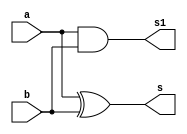

 // ------------------------- 
// Exemplo0033 - Somador com Incremento de 1
// Nome: Gustavo Jota Resende
// ------------------------- 
// ------------------------- 
// half adder 
// ------------------------- 

module halfAdder (output s, 
						output s1,
                  input a,  
                  input b); 

xor x1 (s, a, b);
and a1 (s1, a, b);
 
endmodule // halfAdder 

// ------------------------- 
// full adder 
// ------------------------- 						
module fullAdder (output s,
                  input a,  
                  input b,  
                  input carryIn);
	
	wire s0,s1,s2,s3;				
						 
	halfAdder ha(s0,s1,a,b);
	halfAdder ha1(s2,s3,s0,carryIn);
	or o1 (s, s3, s1);
	
	endmodule // fullAdder

 
 // ------------------------- 
// incremento
// ------------------------- 	
 module incremento (output s,
 						output sx,			 
 						input a, 
						input b,
						input carryIn);
 
 reg c,d;
 wire s0,s1,s2,s3,s4;
 
 halfAdder ha3(s1,s2,c,d);
 halfAdder ha4(s3,s4,s1,carryIn);
 fullAdder ha5(s0,a,b,carryIn);
 halfAdder ha6(s,sx,s0,s3);	
 
 endmodule // incremento				
						
 
 
module test_fullAdder;  


// ------------------------- definir dados 
 

reg [5:0] a;
reg [5:0] b;
reg carryIn; 
wire s [5:0];
wire s1 [5:0];

incremento i0(s[0], s1[0],a[0],b[0], carryIn);
incremento i1(s[1], s1[1], a[1],b[1], carryIn);
incremento i2(s[2], s1[2], a[2],b[2], carryIn);
incremento i3(s[3], s1[3], a[3],b[3], carryIn);
incremento i4(s[4], s1[4], a[4],b[4], carryIn);
incremento i5(s[5], s1[5], a[5],b[5], carryIn);

// ------------------------- parte principal 
initial begin 
$display("Exemplo0021 - Gustavo Jota Resende - 427413"); 
$display("Test ALU's full adder e subtrator igualdade"); 
// projetar testes do somador complete

#1 a = 6'b000001;  b = 6'b000001;  carryIn = 1'b0;
				
		#1 $display("%6b + %6b = %b CarryIn: %1b",a ,b, s,  s1, carryIn); 

 
end 
endmodule // test_fullAdder 

//Teste
//Ocorreu uma erro na execucao no qual nao entendi o problema